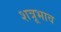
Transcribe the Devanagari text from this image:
शत्रूभाव